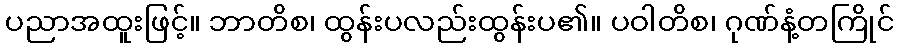
ပညာအထူးဖြင့်။ ဘာတိစ၊ ထွန်းပလည်းထွန်းပ၏။ ပဝါတိစ၊ ဂုဏ်နံ့တကြိုင်